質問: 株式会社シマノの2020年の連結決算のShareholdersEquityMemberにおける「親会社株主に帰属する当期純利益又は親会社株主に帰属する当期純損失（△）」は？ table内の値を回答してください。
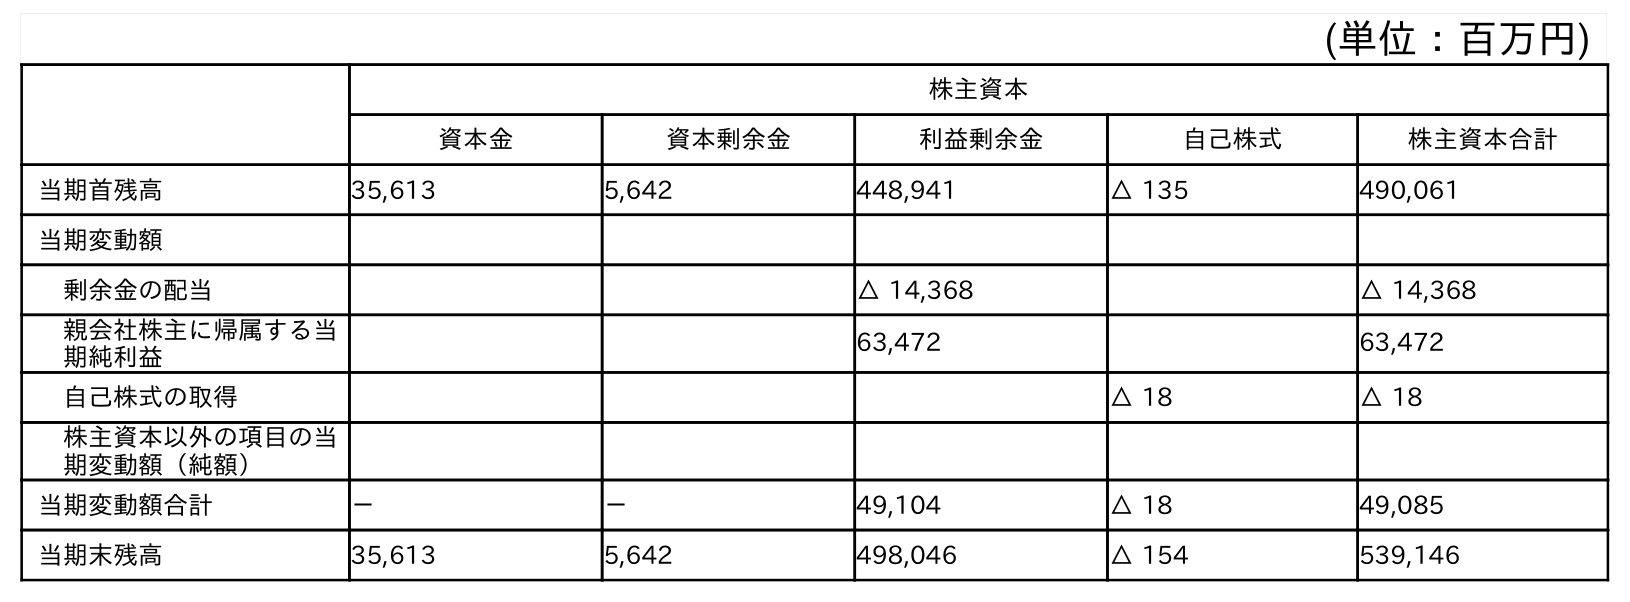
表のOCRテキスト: (単位：百万円) 株主資本 資本金 資本剰余金 利益剰余金 自己株式 株主資本合計 当期首残高 35,613 5,642 448,941 △ 135 490,061 当期変動額 剰余金の配当 △ 14,368 △ 14,368 親会社株主に帰属する当 期純利益 63,472 63,472 自己株式の取得 △ 18 △ 18 株主資本以外の項目の当 期変動額（純額） 当期変動額合計 － － 49,104 △ 18 49,085 当期末残高 35,613 5,642 498,046 △ 154 539,146
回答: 63,472